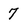
Character: 7